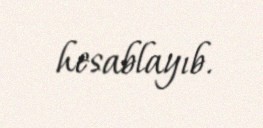
hesablayıb.